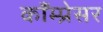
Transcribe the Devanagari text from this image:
काँम्प्रेसर